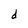
Character: d